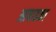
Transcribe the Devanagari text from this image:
आषाढका